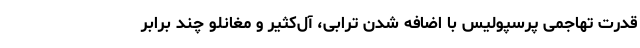
قدرت تهاجمی پرسپولیس با اضافه شدن ترابی، آل‌کثیر و مغانلو چند برابر